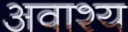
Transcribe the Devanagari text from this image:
अवाश्य